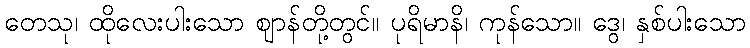
တေသု၊ ထိုလေးပါးသော ဈာန်တို့တွင်။ ပုရိမာနိ၊ ကုန်သော။ ဒွေ၊ နှစ်ပါးသော